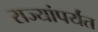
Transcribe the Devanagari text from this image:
राज्यांपर्यंत